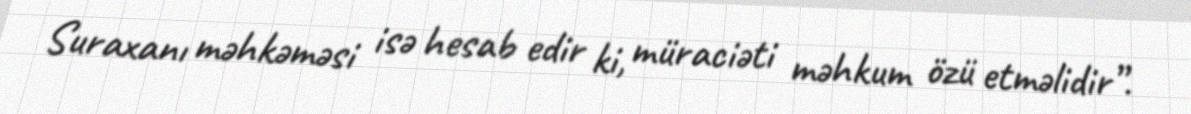
Suraxanı məhkəməsi isə hesab edir ki, müraciəti məhkum özü etməlidir”.